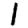
Digit: 1